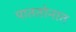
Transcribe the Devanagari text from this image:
पाततोनात